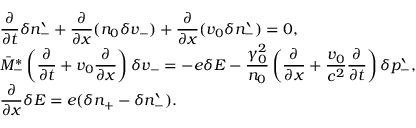
\begin{array} { r l } & { \displaystyle \frac { \partial } { \partial t } \delta n _ { - } ^ { \backprime } + \frac { \partial } { \partial x } ( n _ { 0 } \delta v _ { - } ) + \frac { \partial } { \partial x } ( v _ { 0 } \delta n _ { - } ^ { \backprime } ) = 0 , } \\ & { \displaystyle \bar { M } _ { - } ^ { \ast } \left( \frac { \partial } { \partial t } + v _ { 0 } \frac { \partial } { \partial x } \right) \delta v _ { - } = - e \delta E - \frac { \gamma _ { 0 } ^ { 2 } } { n _ { 0 } } \left( \frac { \partial } { \partial x } + \frac { v _ { 0 } } { c ^ { 2 } } \frac { \partial } { \partial t } \right) \delta p _ { - } ^ { \backprime } , } \\ & { \displaystyle \frac { \partial } { \partial x } \delta E = e ( \delta n _ { + } - \delta n _ { - } ^ { \backprime } ) . } \end{array}